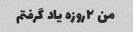
من ۲روزه یاد گرفتم